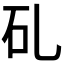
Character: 𥐕